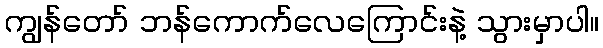
ကျွန်တော် ဘန်ကောက်လေကြောင်းနဲ့ သွားမှာပါ။